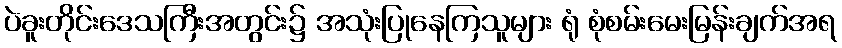
ပဲခူးတိုင်းဒေသကြီးအတွင်း၌ အသုံးပြုနေကြသူများ ရုံ စုံစမ်းမေးမြန်းချက်အရ